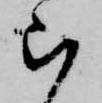
ら